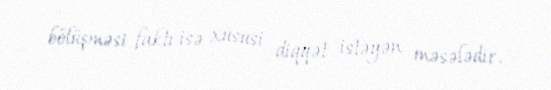
bölüşməsi faktı isə xüsusi diqqət istəyən məsələdir.